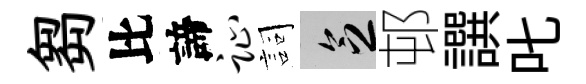
芻比諦趾詞乏邨譔叱